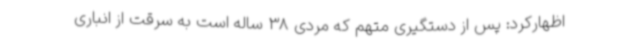
اظهارکرد: پس از دستگیری متهم که مردی 38 ساله است به سرقت از انباری